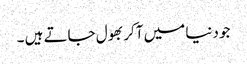
جو دنیا میں آکر بھول جاتے ہیں ۔